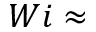
W i \approx